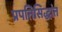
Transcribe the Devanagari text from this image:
प्रपतिसिद्धांत